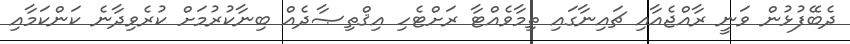
ދެބޭފުޅުން ވަނީ ރާއްޖެއާއި ޗައިނާގައި ތިމާވެއްޓާ ރަށްޓެހި އިޤްތިޞާދެއް ބިނާކުރުމަށް ކުރެވިދާނެ ކަންކަމާއި